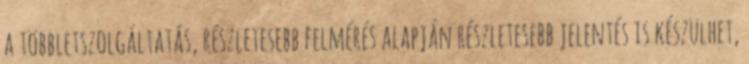
a többletszolgáltatás, részletesebb felmérés alapján részletesebb jelentés is készülhet,